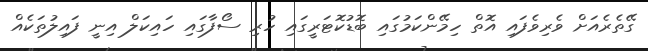
ގޭތެރެއަށް ވެރިވެފައި އޮތް ހިމޭންކަމުގައި ބޮޑުކޮޓަރީގައި ހުރި ސޯފާގައި ހައިކަލް އިނީ ފައިލުތަކެއް